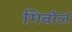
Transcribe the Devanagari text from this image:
गिबोर्ज